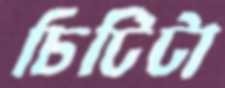
চিটিটা